Report of the King Institute of Preventive Medicine, Guindy
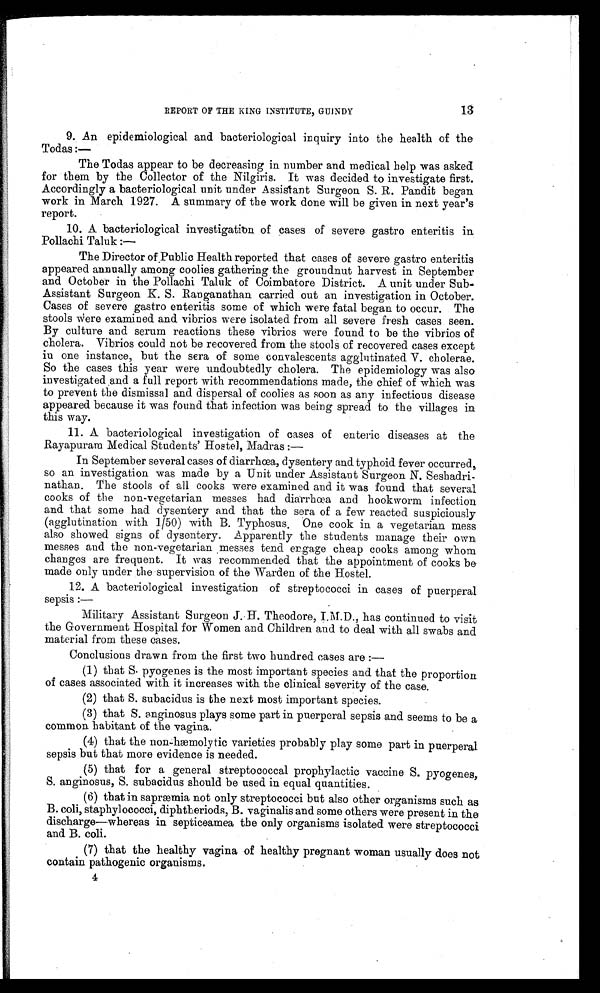
REPORT OF THE KING INSTITUTE, GU1NDY
13
9. An epidemiological and bacteriological inquiry into the health of the
Todas :—
The Todas appear to be decreasing in number and medical help was asked
for them by the Collector of the Nilgiris. It was decided to investigate first.
Accordingly a bacteriological unit under Assistant Surgeon S. R. Pandit began
work in March 1927. A summary of the work done will be given in next year's
report.
10. A bacteriological investigation of cases of severe gastro enteritis in
Pollachi Taluk :—
The Director of.Public Health reported that cases of severe gastro enteritis
appeared annually among coolies gathering the groundnut harvest in September
and October in the Pollachi Taluk of Coimbatore District. A unit under Sub-
Assistant Surgeon K. S. Ranganathan carried out an investigation in October.
Cases of severe gastro enteritis some of which were fatal began to occur. The
stools were examined and vibrios were isolated from all severe fresh cases seen.
By culture and serum reactions these vibrios were found to be the vibrios of
cholera. Vibrios could not be recovered from the stools of recovered cases except
in one instance, but the sera of some convalescents agglutinated V. cholerae.
So the cases this year were undoubtedly cholera. The epidemiology was also
i n v e s t i g a t e d . a n d a f u l l r e p o r t wi t h r e c o mme n d a t i o n s ma d e , t h e c h i e f o f wh i c h wa s
to prevent the dismissal and. dispersal of coolies as soon as any infectious disease
appeared because it was found that infection was being spread to the villages in
this way.
11. A bacteriological investigation of cases of enteric diseases at the
Rayapuram Medical Students' Hostel, Madras :
—
In September several cases of diarrhæa, dysentery and typhoid fever occurred,
so an investigation was made by a Unit under Assistant Surgeon N. Seshadri-
nathan. The stools of all cooks were examined and it was found that several
cooks of the non-vegetarian messes had diarrhæa and hookworm infection
and that some had. dysentery and that the sera of a few reacted suspiciously
(agglutination with 1/50) with B. Typhosus . One cook in a vegetarian mess
also showed signs of dysentery. Apparently the students manage their own
messes and the non-vegetarian .messes tend engage cheap cooks among whom
changes are frequent. It was recommended that the appointment of cooks be
made only under the supervision of the Warden of the Hostel.
12. A bacteriological investigation of streptococci in cases of puerperal
sepsis :—
-
Military Assistant Surgeon J. H. Theodore, I.M.D., has continued to visit
the Government Hospital for Women and Children and to deal with all swabs and
material from these cases.
Conclusions drawn from the first two hundred cases are :
—
(1) that S. pyogenes is the most important species and that the proportion
of cases associated with it increases with the clinical severity of the case.
(2) that S. subacidus is the next most important species.
(3) that S. anginosus plays some part in puerperal sepsis and seems to be a
common habitant of the vagina.
(4) that the non-hæmolytic varieties probably play some part in puerperal
sepsis but that more evidence is needed.
(5) that for a general streptococcal prophylactic vaccine S. pyogenes,
S. anginosus, S. subacidus should be used in equal quantities.
(6) that in sapræmia not only streptococci but also other organisms such as
B. coli, staphylococci, diphteriods, B. vaginalis and some others were present in the
discharge—whereas in septiceamea the only organisms isolated were streptococci
and B. coli.
(7) that the healthy vagina of healthy pregnant woman usually does not
contain pathogenic organisms.
4